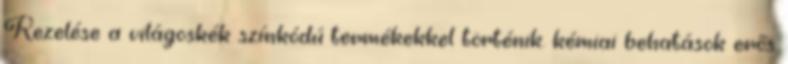
Kezelése a világoskék színkódú termékekkel történik. kémiai behatások erős